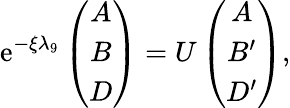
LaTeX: \mathrm{e}^{-\xi\lambda_{9}}\left(\begin{array}{c}{{A}}\\ {{B}}\\ {{D}}\end{array}\right)=U\left(\begin{array}{c}{{A}}\\ {{B^{\prime}}}\\ {{D^{\prime}}}\end{array}\right),